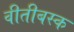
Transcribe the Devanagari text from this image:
वीतीबस्क